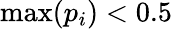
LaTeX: \operatorname*{max}(p_{i})<0.5